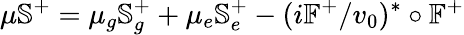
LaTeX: \mu\mathbb{S}^{+}=\mu_{g}\mathbb{S}_{g}^{+}+\mu_{e}\mathbb{S}_{e}^{+}-(i\mathbb{F}^{+}/v_{0})^{\ast}\circ\mathbb{F}^{+}